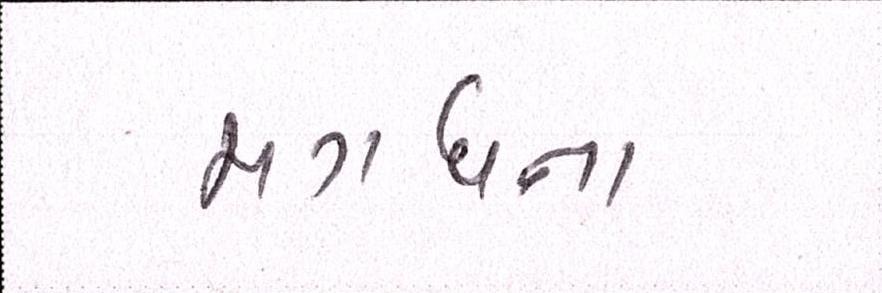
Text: મગધના